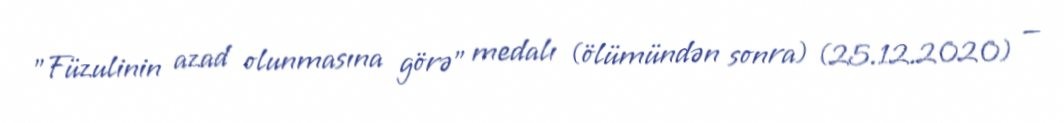
"Füzulinin azad olunmasına görə" medalı (ölümündən sonra) (25.12.2020) —